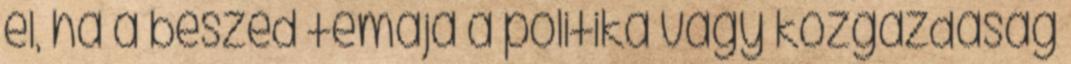
él, ha a beszéd témája a politika vagy közgazdaság